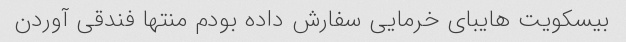
بیسکویت هایبای خرمایی سفارش داده بودم منتها فندقی آوردن